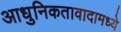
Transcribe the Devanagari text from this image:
आधुनिकतावादामध्ये